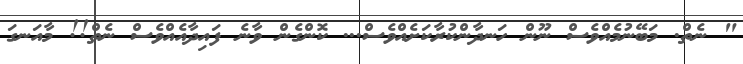
" ނެތް. މަބޭނުމެއްވެސް ނޫން ހަނދާންކުރާކަށެއްވެސް... ކޮންގެން ވާނެ ފައިދާއެއްވެސް ނެތް!! މާއަނގަ